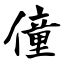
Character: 僮